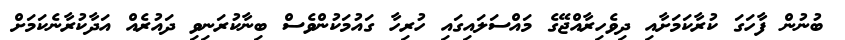
ބުނުން ފާހަގަ ކުރާކަމަށާއި ދިވެހިރާއްޖޭގެ މައްސަލައިގައި ހުރިހާ ގައުމަކުންވެސް ބިނާކުރަނިވި ދައުރެއް އަދާކުރާނެކަމަށް